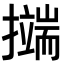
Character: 𭢺